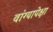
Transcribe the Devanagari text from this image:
वांग्यापेक्षा